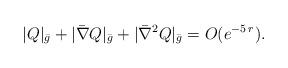
LaTeX: \begin{align*}| Q |_{\bar g} + | \bar \nabla Q |_{\bar g} + | \bar \nabla^{2} Q |_{\bar g} = O ( e^{- 5 \, r} ).\end{align*}